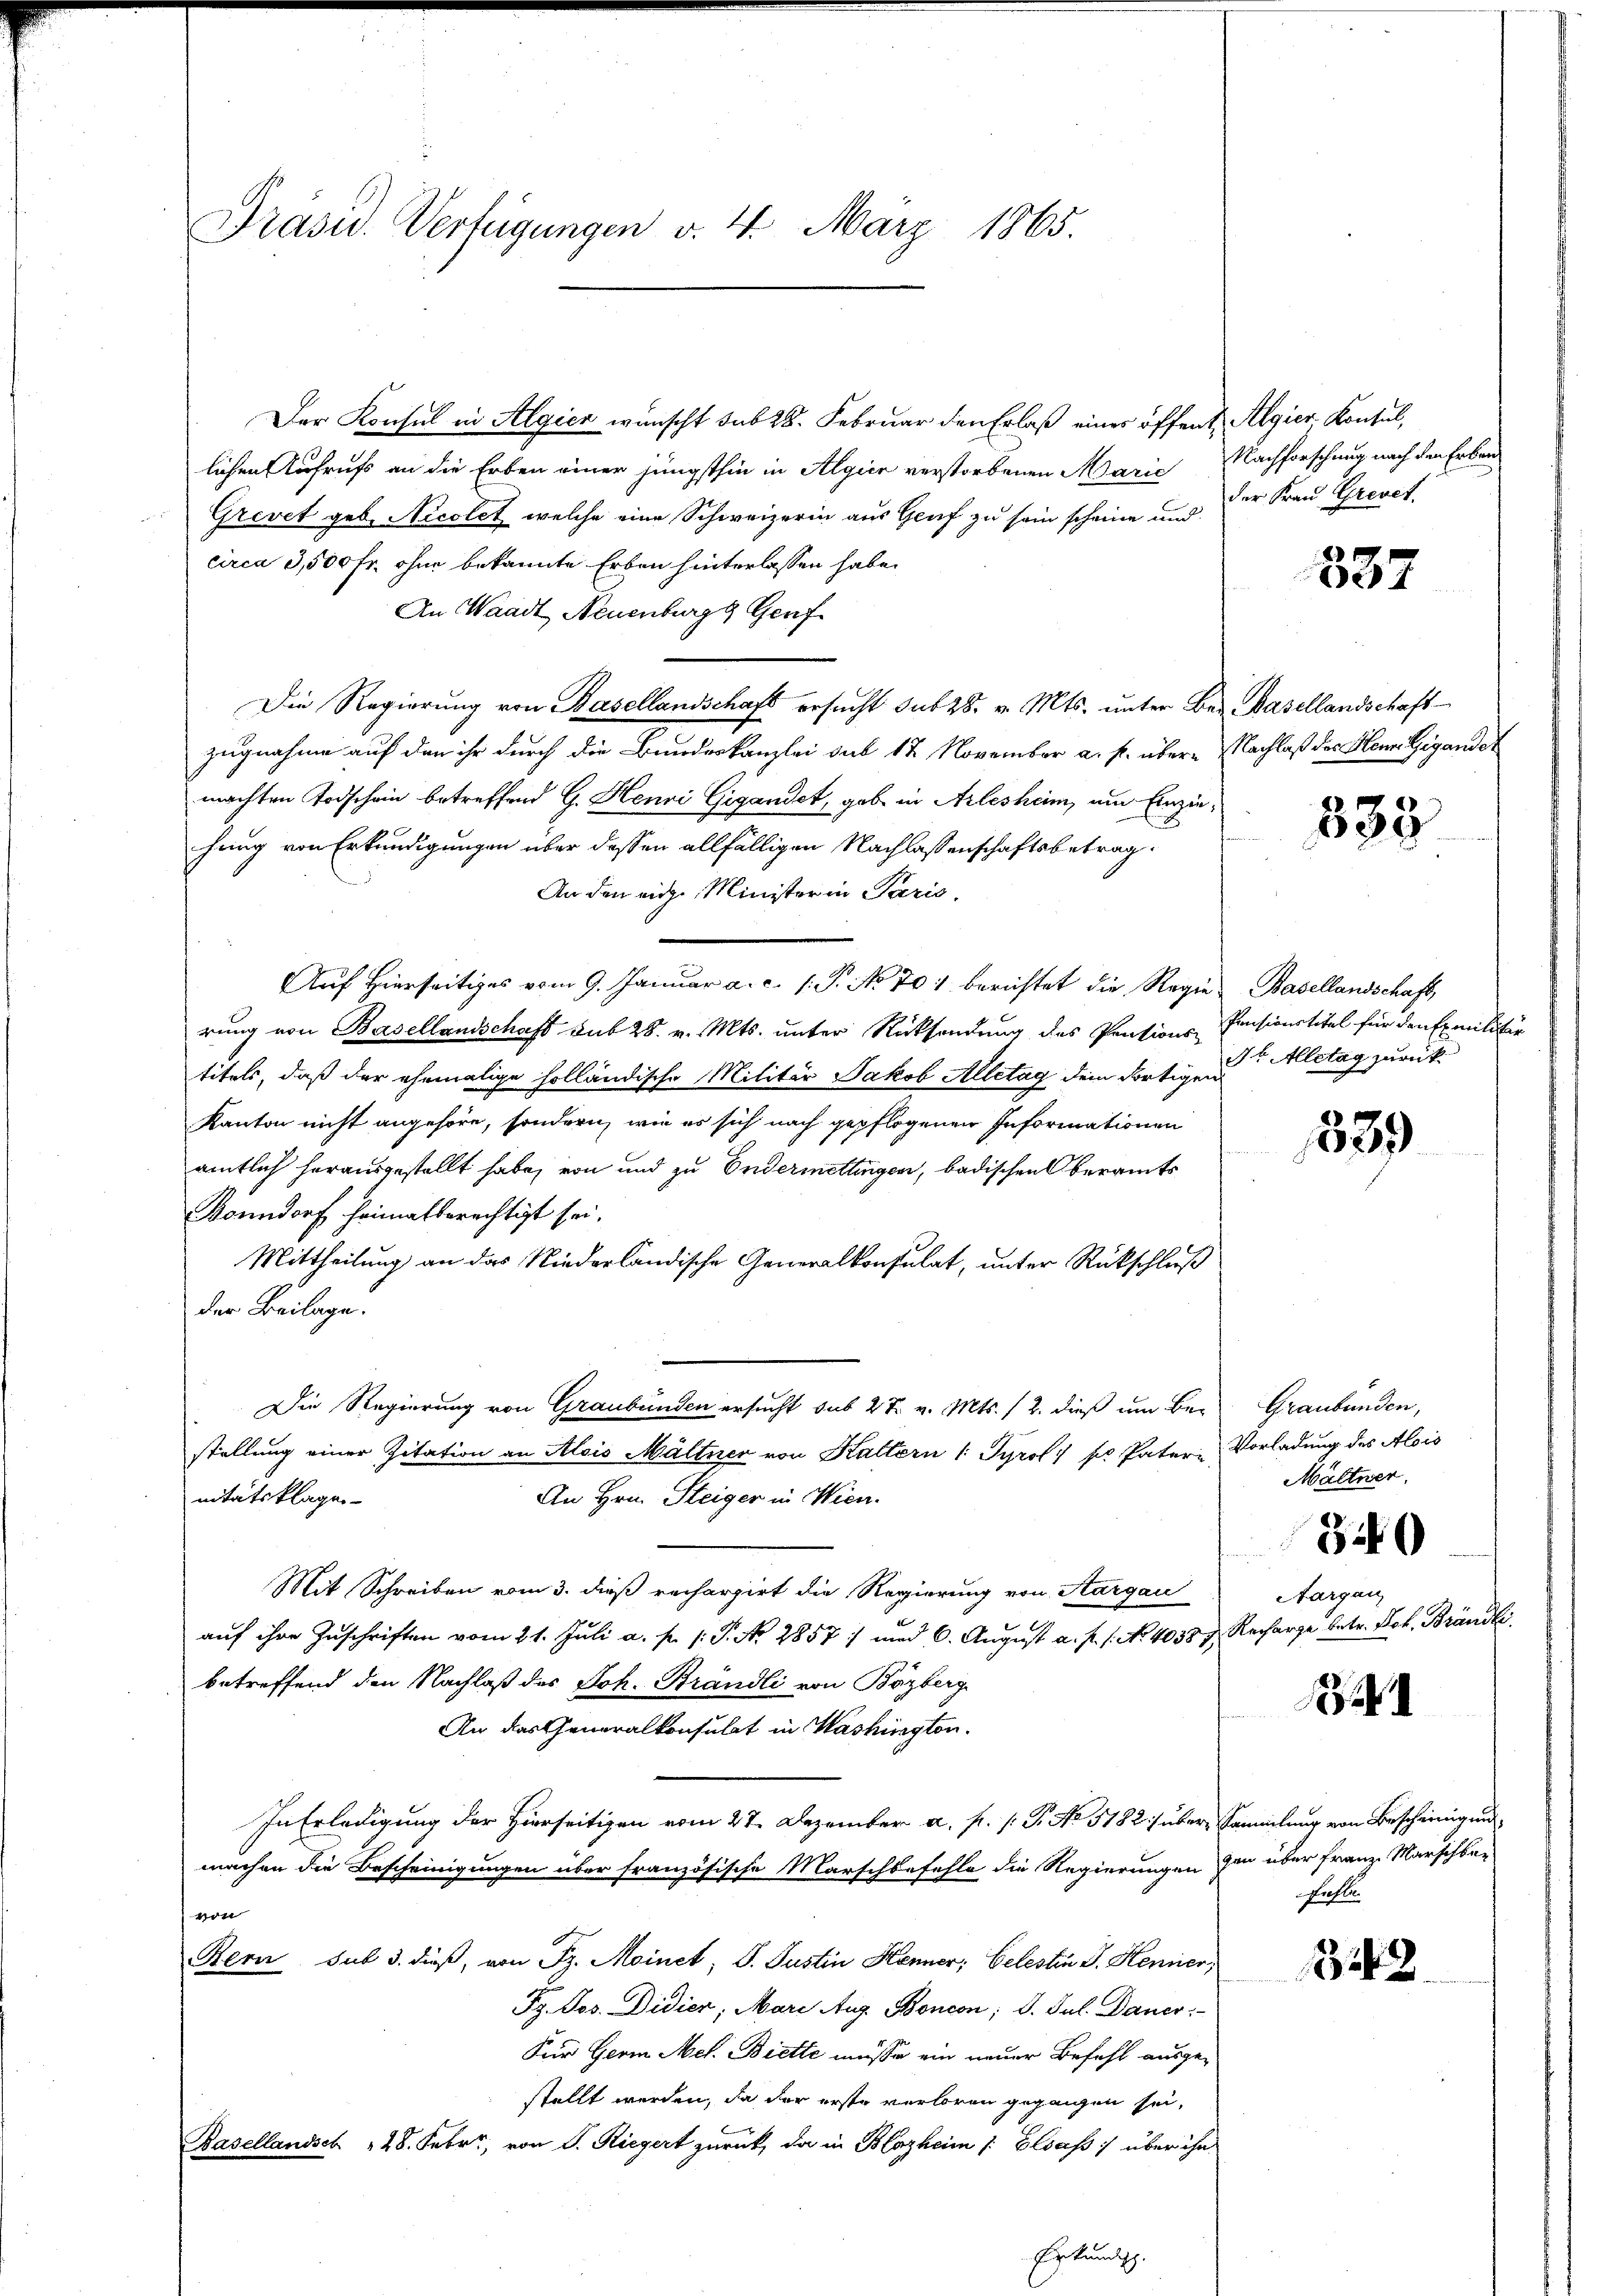
Präsid. Verfügungen v. 4. März 1865.

Der Konsul in Algien wünscht sub 28. Februar den Erlaß eines öffent Algier Konsul,
lichen Aufrufs an die Erben einer jüngsthin in Algier verstorbenen Marie
Grevet geb. Nicolet, welche eine Schweizerin aus Genf zu sein scheine und
circa 3,500 Fr. ohne bekannte Erben hinterlassen habe.
An Waadt Neuenburgg Genf
Die Regierung von Basellandschaft ersucht sub 28. v. Mts. unter Bei Basellandschaft
zugnahme auf den ihr durch die Bundeskanzlei sub 12 November a. p. übere
machten Todschein betreffend G. Henri Gigandet, gab in Arlesheim, um Einziehung von Erkundigungen über dessen allfälligen Nachlassenschaftsbetrag
An den eige Minister in Paris.
Auf hierseitiges vom 9. Januar a. c. 1. P. No 701 berichtet die Regie Basellandschaft,
rung von Basellandschaft sub 28. v. Mts. unter Rücksendung des Pensions-
titels, daß der ehemalige holländische Militär Jakob Alletag dein dortigen Alltag zurück
Kanton nicht angehöre, sondern, wie es sich nach gepflogenen Informationen
amtlich herausgestellt habe, von und zu Endermettingen, badischen Oberamts
Konndorf heimatberechtigt sei.
Mittheilung an das Niederländische Generalkonsulat, unter Rückschluß
der Beilage.
Die Regierung von Graubünden ersucht sub 2 t v. Mts. (2. dieß um Be-
stellung einer Zitation an Alois Möltner von Kaltern 1: Tyrol pr Pateri
nitätsklagen
An Hrn. Steiger in Wien.
Mit Schreiben vom 3. dieß rechargirt die Regierung von Aargau
auf ihre Zuschriften vom 21. Juli a. p. 1. P. Nr. 2857; und 6. August a. f. 1. No 40387
betreffend den Nachlaß des Joh. Brändli von Bazberg
An das Generalkonsulat in Washington.
In Erledigung der Hierseitigen vom 27. Dezember a. p. /: P. No 5182) über Sammlung von Bescheinigungsmachen die Bescheinigungen über französische Marschbefehle die Regierungen von über Franz Marschbar
von
Bern sub 3. dieß, von Fr. Moinet, I. Justin Henner; Celestin J. Henner,
Pr. Jos. Didier, Mare Aug. Boncon; d. Jul. Dauer
Sur Germ Met. Biette müsse ein neuer Befehl ausge-
stellt werden, da der erste verloren gegangen sei,
Basellandsch 28. Febr., von P. Riegert zurück, da in Blozheim /: Elsaß über ihn
Erkundig.

Nachforschung nach den Erben
der Frau Grevet.

337

Nachlaß des Herr Gigandel

833

Pensionstitel für den Familitär

339

Graubünden,
Vorladung des Alois
Möltner.

Aargau
Recharge betr. Joh. Brändle.

340

Faste

3242